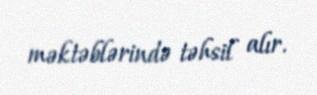
məktəblərində təhsil alır.